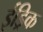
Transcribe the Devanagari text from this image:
ईड्रिक